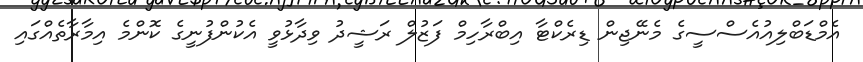
އެމްޑަބްލިއުއެސްސީގެ މެނޭޖިން ޑިރެކްޓާ އިބްރާހިމް ފަޒުލް ރަޝީދު ވިދާޅުވީ އެކުންފުނީގެ ކޮންމެ އިމާރާތެއްގައި